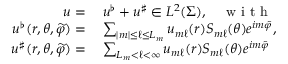
\begin{array} { r l } { u = } & { \: u ^ { \flat } + u ^ { \sharp } \in L ^ { 2 } ( \Sigma ) , \quad \textnormal { w i t h } } \\ { u ^ { \flat } ( r , \theta , \widetilde { \varphi } ) = } & { \: \sum _ { | m | \leq \ell \leq L _ { m } } u _ { m \ell } ( r ) S _ { m \ell } ( \theta ) e ^ { i m \tilde { \varphi } } , } \\ { u ^ { \sharp } ( r , \theta , \widetilde { \varphi } ) = } & { \: \sum _ { L _ { m } < \ell < \infty } u _ { m \ell } ( r ) S _ { m \ell } ( \theta ) e ^ { i m \tilde { \varphi } } } \end{array}